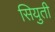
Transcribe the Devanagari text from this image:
सियुती